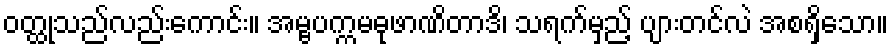
ဝတ္ထုသည်လည်းကောင်း။ အမ္ဗပက္ကမဓုဖာဏိတာဒိ၊ သရက်မှည့် ပျားတင်လဲ အစရှိသော။